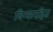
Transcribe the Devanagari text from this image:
बिमारहित